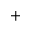
+